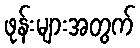
ဖုန်းများအတွက်